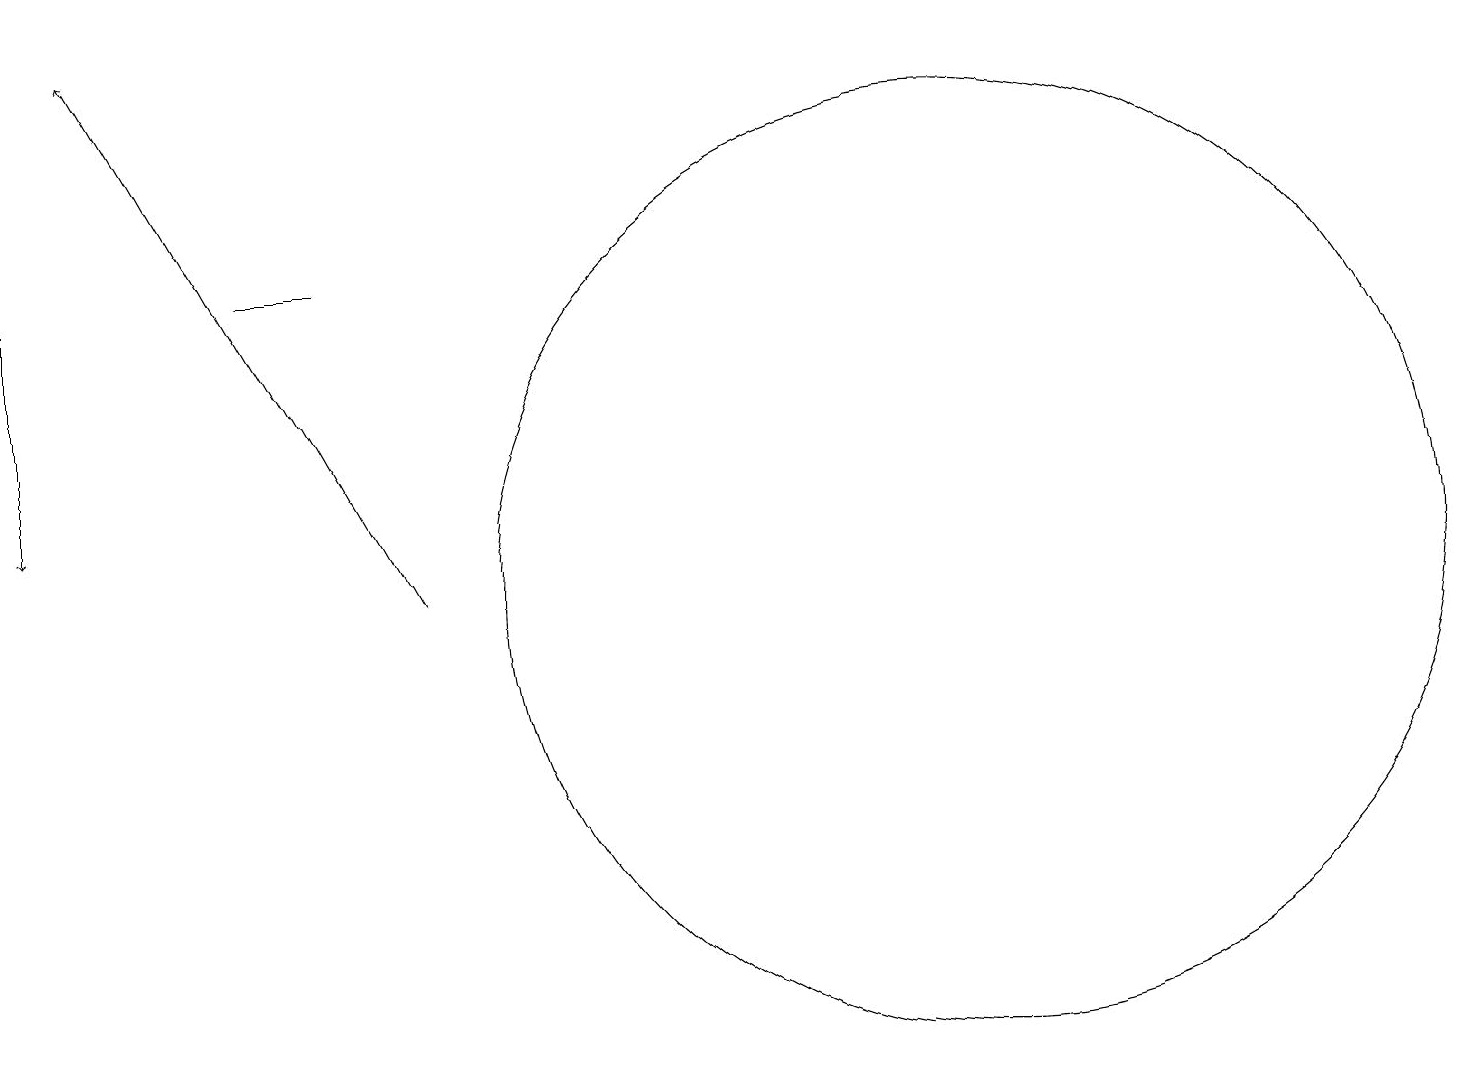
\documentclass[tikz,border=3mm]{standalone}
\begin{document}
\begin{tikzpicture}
\draw[->] (5,10) -- (1,17);
\draw (12,10) circle (6);
\draw (3,14) rectangle (4,14);
\draw[->] (0,14) -- (0,11);
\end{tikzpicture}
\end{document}